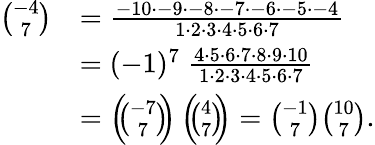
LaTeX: {\begin{array}{rl}{{\binom{-4}{7}}}&{={\frac{-10\cdot-9\cdot-8\cdot-7\cdot-6\cdot-5\cdot-4}{1\cdot 2\cdot 3\cdot 4\cdot 5\cdot 6\cdot 7}}}\\ &{=(-1)^{7}\; {\frac{4\cdot 5\cdot 6\cdot 7\cdot 8\cdot 9\cdot 10}{1\cdot 2\cdot 3\cdot 4\cdot 5\cdot 6\cdot 7}}}\\ &{=\left(\! \! {\binom{-7}{7}}\! \! \right)\left(\! \! {\binom{4}{7}}\! \! \right)={\binom{-1}{7}}{\binom{10}{7}}.}\end{array}}